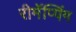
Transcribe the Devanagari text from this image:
रीमॅप्पिंग